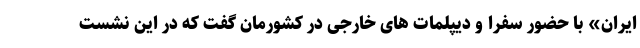
ایران» با حضور سفرا و دیپلمات های خارجی در کشورمان گفت که در این نشست